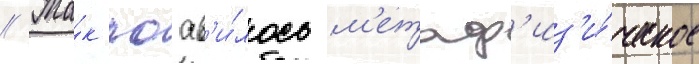
// Та́к поав'и́лось м'етаф'из'и́ческое